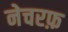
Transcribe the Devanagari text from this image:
नेचरफ़